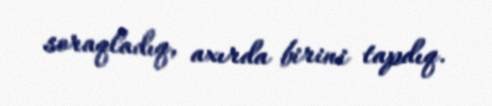
soraqladıq, axırda birini tapdıq.